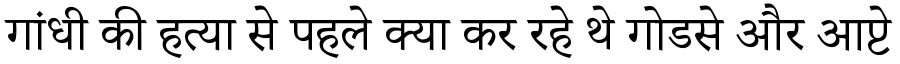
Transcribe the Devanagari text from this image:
गांधी की हत्या से पहले क्या कर रहे थे गोडसे और आप्टे